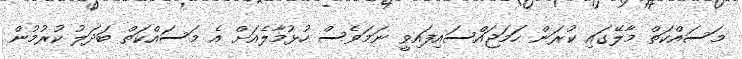
މަސައްކަތް މާލޭގައި ކުރަން ހަމަޖައްސައިފައިވީ ނަމަވެސް ހުޅުމާލެއަށް އެ މަސައްކަތް ބަދަލު ކުރުމުން